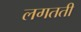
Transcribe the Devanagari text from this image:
लगतती